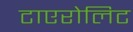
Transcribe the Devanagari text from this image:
टाएरोलिट